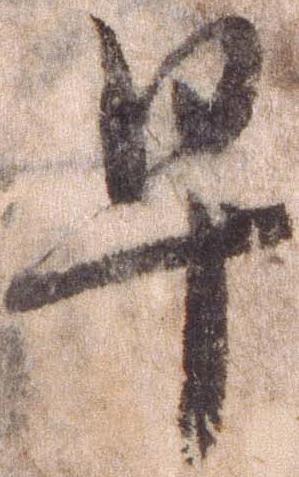
早